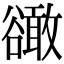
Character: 豃